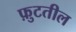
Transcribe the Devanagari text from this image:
फ़ुटतील